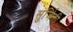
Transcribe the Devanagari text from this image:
सुर्जिती